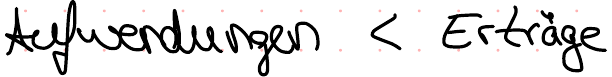
Aufwendungen < Erträge